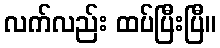
လက်လည်း ထပ်ပြီးပြီ။